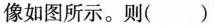
像如图所示。则()